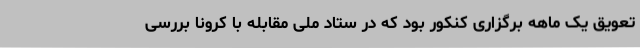
تعویق یک ماهه برگزاری کنکور بود که در ستاد ملی مقابله با کرونا بررسی